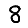
Digit: 8